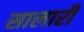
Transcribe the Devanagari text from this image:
सालारी